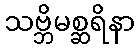
သဗ္ဘိမစ္ဆရိနာ